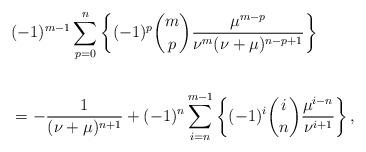
LaTeX: \begin{align*}&( - 1)^{m - 1} \sum_{p = 0}^n {\left\{ {( - 1)^p \binom mp\frac{{\mu ^{m - p} }}{{\nu ^m (\nu + \mu )^{n - p + 1} }}} \right\}}\\&\\&= - \frac{1}{{(\nu + \mu )^{n + 1} }} + ( - 1)^n \sum_{i = n}^{m - 1} {\left\{ {( - 1)^i \binom in\frac{{\mu ^{i - n} }}{{\nu ^{i + 1} }}} \right\}}\,,\end{align*}